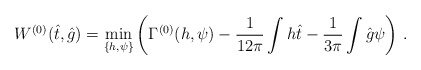
\begin{align*}W^{(0)}(\hat t,\hat g) = \min_{\{h,\psi \}}\left(\Gamma ^{(0)}(h,\psi ) -\frac{1}{12\pi }\int h\hat t - \frac{1}{3\pi }\int \hat g \psi \right)\,.\end{align*}